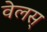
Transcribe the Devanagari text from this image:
वेलस्